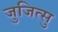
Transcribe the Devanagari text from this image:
जुजित्सु